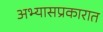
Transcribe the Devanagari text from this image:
अभ्यासप्रकारात